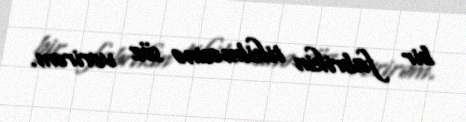
bir fabrikin tikilməsinə söz verirəm.